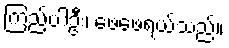
ကြည့်ပါဦး၊ ဖေဖေရယ်သည်။